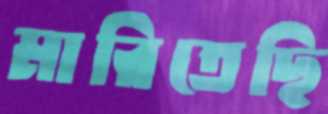
মারিতেছি